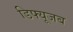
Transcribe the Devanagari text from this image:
डिफ्यूजब